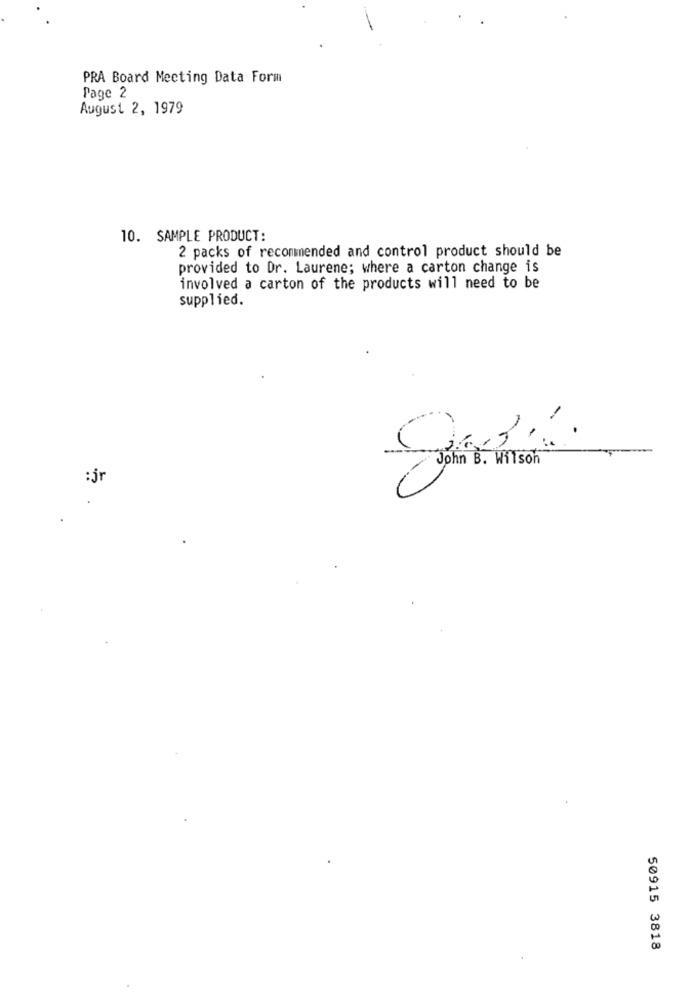
PRA Board Meeting Data Form
Page 2
August 2, 1979
10. SAMPLE PRODUCT:
2 packs of recommended and control product should be
provided to Dr. Laurene; where a carton change is
involved a carton of the products will need to be
supplied.
John B. Wilson
:jr
50915 3818